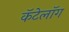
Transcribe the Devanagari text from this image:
कॅटेलॉग